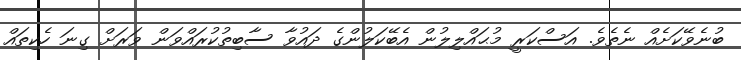
ބުނެވޭކަށެއް ނެތެވެ. އަސްކަރީ މުޙައްލިލުން އެބޭކަލުންގެ ދައުވާ ސާބިތުކުރައްވަން ވަރަށް ގިނަ ހެކިތައް